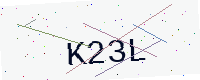
Text: K23L